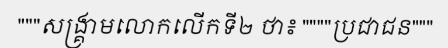
"""សង្គ្រាមលោកលើកទី២ ថា៖ """"ប្រជាជន"""